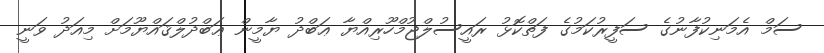
ސަމް އެމަނިކުފާނުގެ ސަފީރުކަމުގެ ފަތްކޮޅު ރައީސުލްޖުމްހޫރިއްޔާ ޢަބްދު ޔާމީން ޢަބްދުލްޤައްޔޫމަށް މިއަދު ވަނީ